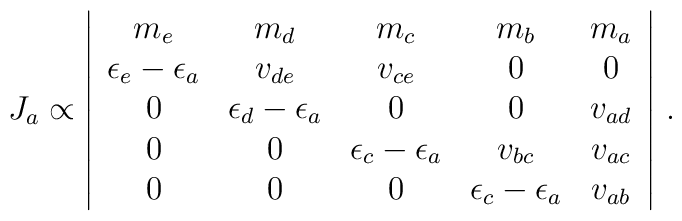
J_a\propto\left| \begin{array}{ccccc}m_e&m_d&m_c&m_b&m_a\cr\epsilon_e-\epsilon_a & v_{de}&v_{ce}&0&0\cr0&\epsilon_d-\epsilon_a & 0&0&v_{ad}\cr0&0&\epsilon_c-\epsilon_a & v_{bc}&v_{ac}\cr0&0&0&\epsilon_c-\epsilon_a & v_{ab}\end{array}\right| \, .